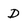
Character: D